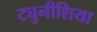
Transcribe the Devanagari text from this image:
ट्युनीशिया